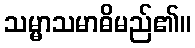
သမ္မာသမာဓိမည်၏။